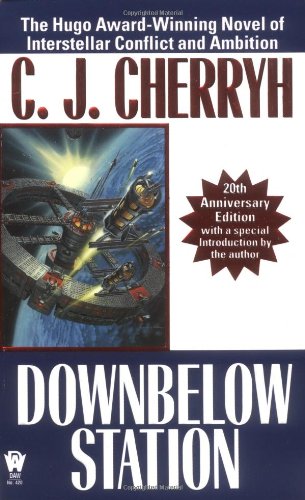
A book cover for Downbelow Station (20th Anniversary) (Daw Book Collectors); C. J. Cherryh; Science Fiction & Fantasy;